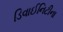
ડિવાઈનિટીના